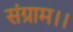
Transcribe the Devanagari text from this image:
संग्राम।।